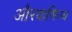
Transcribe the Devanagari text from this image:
औरवाणिज्य